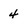
Character: 4